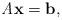
LaTeX: \begin{align*}\textit{A}\textbf{x}=\textbf{b},\end{align*}